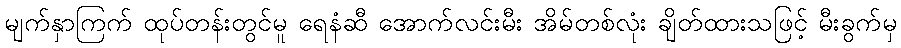
မျက်နှာကြက် ထုပ်တန်းတွင်မူ ရေနံဆီ အောက်လင်းမီး အိမ်တစ်လုံး ချိတ်ထားသဖြင့် မီးခွက်မှ